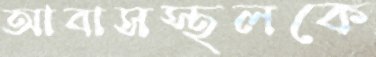
আবাসস্থলকে